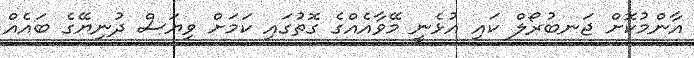
އާންމުކޮށް ޖަނބުރޯލް ކައި އުޅެނީ މޭވާއެއްގެ ގޮތުގައި ކަމަށް ވިޔަސް ދުނިޔޭގެ ބައެއް